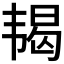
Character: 𬰵